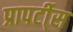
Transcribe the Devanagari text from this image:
प्रापर्टी्स